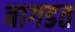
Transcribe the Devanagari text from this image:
बागडत